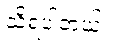
သိရပါတယ်။